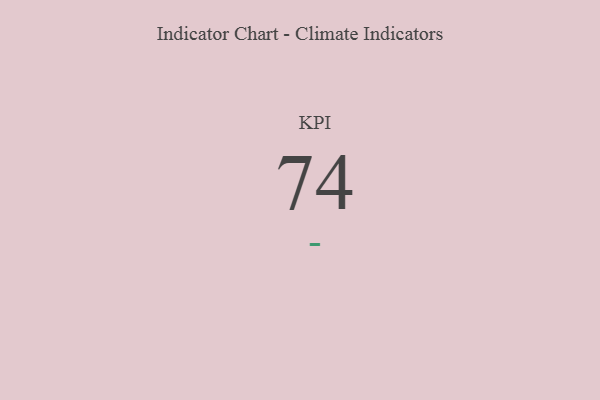
{"axis": {"x": "KPI", "y": "Value"}, "legend": [""], "data": [{"x": "KPI", "y": 74, "type": ""}]}